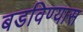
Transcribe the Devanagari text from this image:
बडविण्यास